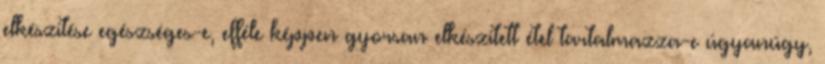
elkészítése egészséges-e, efféle képpen gyorsan elkészített étel tartalmazza-e úgyanúgy,